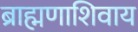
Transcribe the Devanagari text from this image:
ब्राह्मणाशिवाय